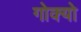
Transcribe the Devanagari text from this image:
गोक्यो